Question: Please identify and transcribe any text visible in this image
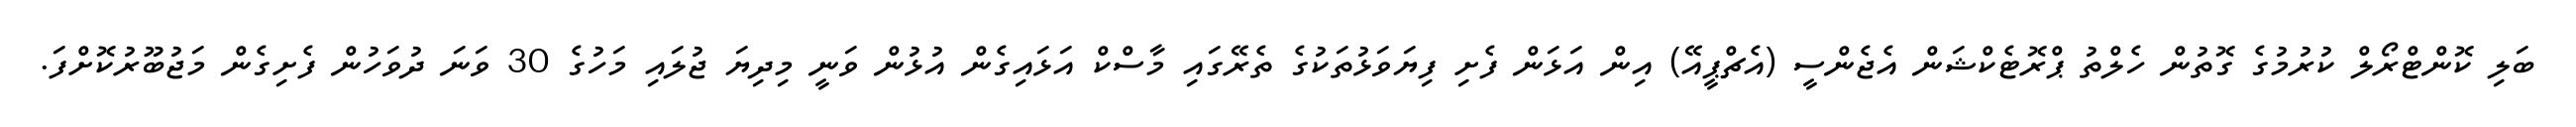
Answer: ބަލި ކޮންޓްރޯލް ކުރުމުގެ ގޮތުން ހެލްތު ޕްރޮޓެކްޝަން އެޖެންސީ (އެޗްޕީއޭ) އިން އަޅަން ފެށި ފިޔަވަޅުތަކުގެ ތެރޭގައި މާސްކް އަޅައިގެން އުޅުން ވަނީ މިދިޔަ ޖުލައި މަހުގެ 30 ވަނަ ދުވަހުން ފެށިގެން މަޖުބޫރުކޮށްފަ.